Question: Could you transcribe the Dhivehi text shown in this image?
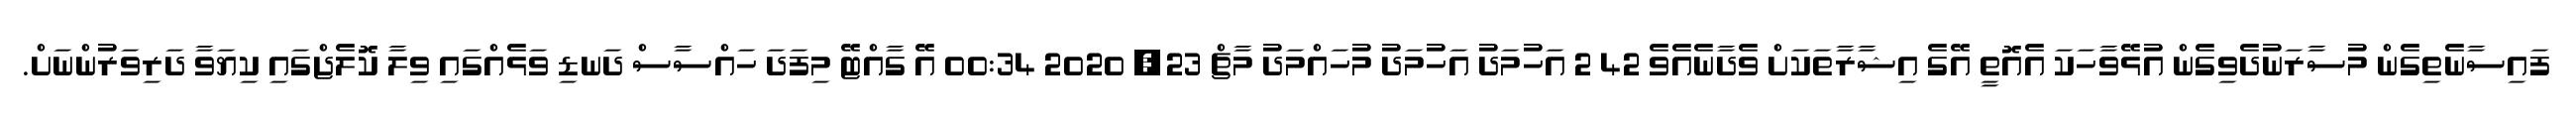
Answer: ފައިސާނެތިގެން މުސާރަނުދެވިގެން އުޅޭވާހަކަ އެއޮތީ އޭގެ އިޝާރާތަކަށް ވެދާނެއެވެ 42 2 އަހުމަދު އަހުމަދު މުހައްމަދު މާޗް 23, 2020 00:34 އޭ ގާއްޓޭ މިފަދަ ހައްސާސް ދަނޑި ވަޅެއްގައި ވިލާ ކޮލެޖްގައި ކިޔަވާ ދަރިވަރުންނަށް.